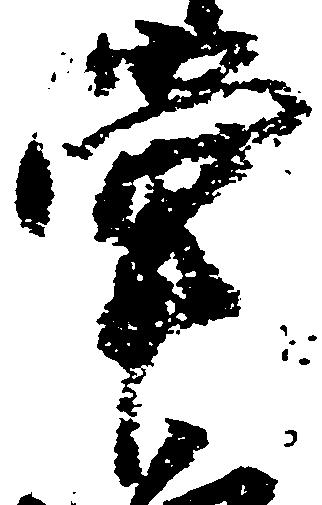
掌